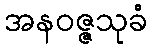
အနဝဇ္ဇသုခံ